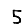
Digit: 5